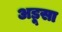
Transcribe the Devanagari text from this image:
अड़ूसा